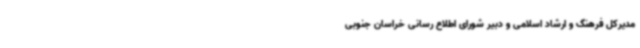
مدیرکل فرهنگ و ارشاد اسلامی و دبیر شورای اطلاع رسانی خراسان جنوبی